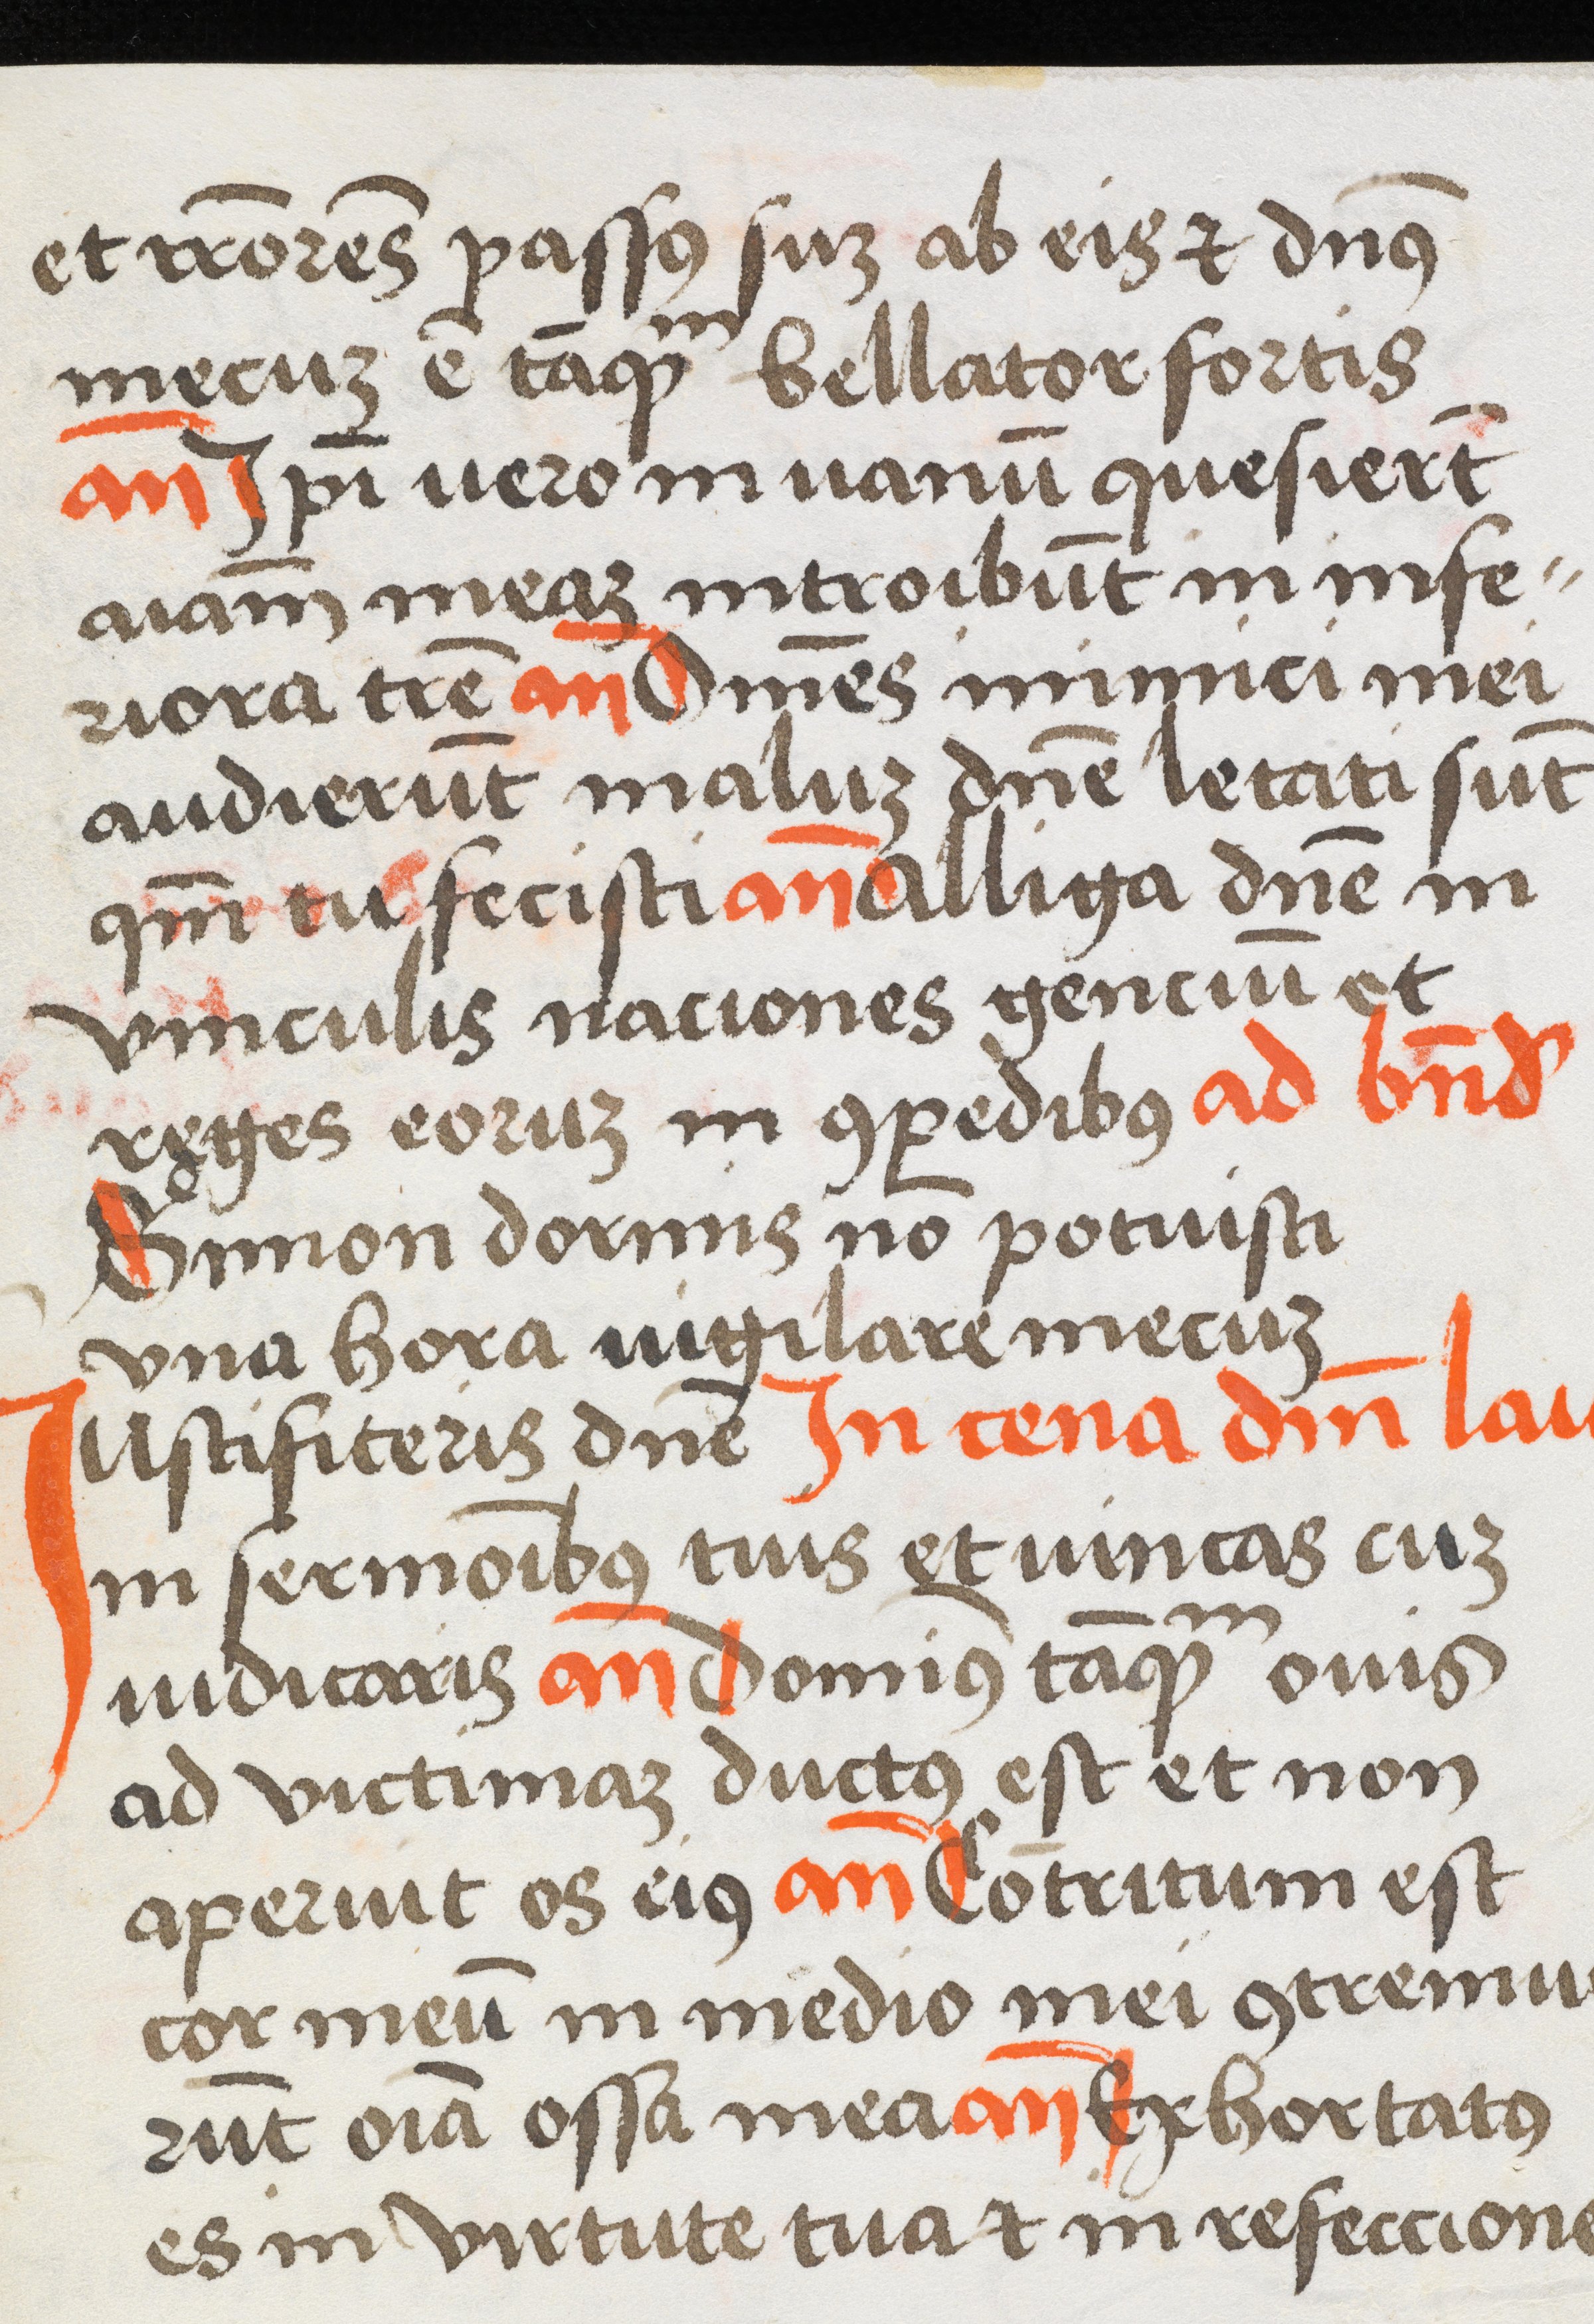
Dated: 1450–1530